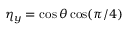
\eta _ { y } = \cos \theta \cos ( \pi / 4 )